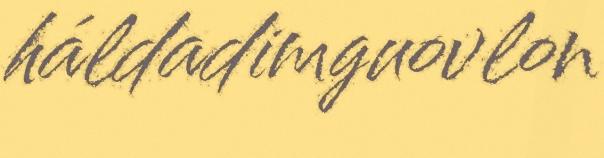
háldadimguovlon